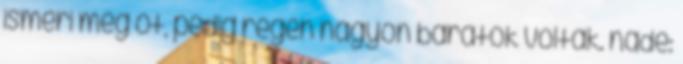
ismeri meg őt, pedig régen nagyon barátok voltak. nade: